Plague in India, 1896, 1897 - Volume 1
Year: 1896
Disease focus: Plague
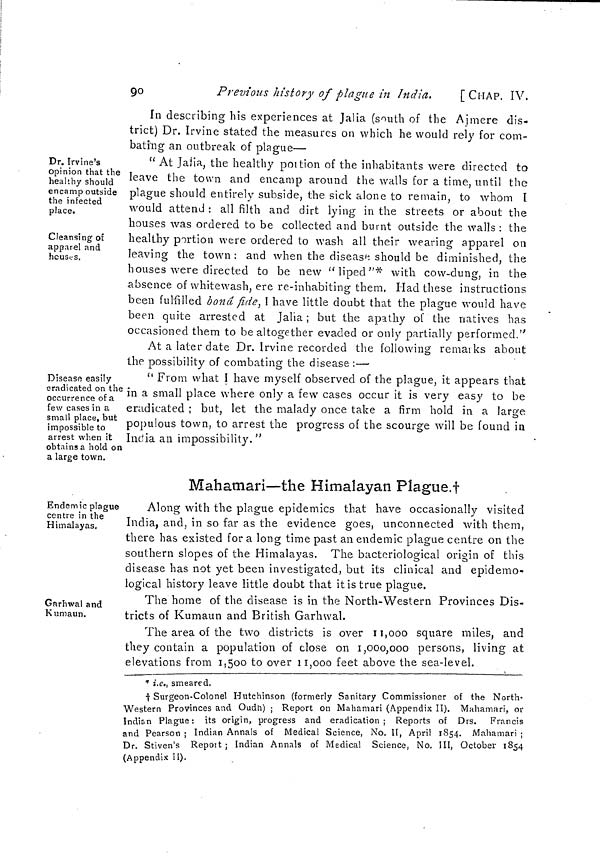
90
Previous history of plague in India.
[CHAP. IV,
In describing his experiences at Jalia (south of the Ajmere dis-
trict) Dr. Irvine stated the measures on which he would rely for com-
bating an outbreak of plague—
Dr. Irvine's
opinion that the
healthy should
encamp outside
the infected
place.
Cleansing of
apparel and
houses.
" At Jalia, the healthy portion of the inhabitants were directed to
leave the town and encamp around the walls for a time, until the
plague should entirely subside, the sick alone to remain, to whom I
would attend : all filth and dirt lying in the streets or about the
houses was ordered to be collected and burnt outside the walls : the
healthy portion were ordered to wash all their wearing apparel on
leaving the town : and when the disease should be diminished, the
houses were directed to be new " liped "* with cow-dung, in the
absence of whitewash, ere re-inhabiting them. Had these instructions
been fulfilled bond fide, I have little doubt that the plague would have
been quite arrested at Jalia ; but the apathy of the natives has
occasioned them to be altogether evaded or only partially performed."
At a later date Dr. Irvine recorded the following remarks about
the possibility of combating the disease :—
Disease easily
eradicated on the
occurrence of a
few cases in a
small place, but
impossible to
arrest when it
obtains a hold on
a large town.
" From what I have myself observed of the plague, it appears that
in a small place where only a few cases occur it is very easy to be
eradicated ; but, let the malady once take a firm hold in a large
populous town, to arrest the progress of the scourge will be found in
India an impossibility. ''
Endemic plague
centre in the
Himalayas.
Mahamari—the Himalayan Plague.†
Along with the plague epidemics that have occasionally visited
India, and, in so far as the evidence goes, unconnected with them,
there has existed for a long time past an endemic plague centre on the
southern slopes of the Himalayas. The bacteriological origin of this
disease has not yet been investigated, but its clinical and epidemo-
logical history leave little doubt that it is true plague.
Garhwal and
Kumaun.
The home of the disease is in the North-Western Provinces Dis-
tricts of Kumaun and British Garhwal.
The area of the two districts is over 11,000 square miles, and
they contain a population of close on 1,000,000 persons, living at
elevations from 1,500 to over 11,000 feet above the sea-level.
* i.e., smeared.
† Surgeon-Colonel Hutchinson (formerly Sanitary Commissioner of the North-
Western Provinces and Oudh) ; Report on Mahamari (Appendix II). Mahamari, or
Indian Plague : its origin, progress and eradication ; Reports of Drs. Francis
and Pearson ; Indian Annals of Medical Science, No. II, April 1854. Mahamari ;
Dr. Stiven's Report ; Indian Annals of Medical Science, No. III, October 1854
(Appendix II).